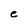
Character: e